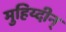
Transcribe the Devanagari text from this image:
मुहिय्दीन्